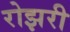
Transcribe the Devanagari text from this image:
रोझरी